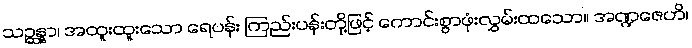
သဉ္ဆန္နာ၊ အထူးထူးသော ရေပန်း ကြည်းပန်းတို့ဖြင့် ကောင်းစွာဖုံးလွှမ်းထသော။ အဏ္ဍဇေဟိ၊